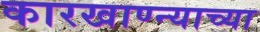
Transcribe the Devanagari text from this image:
कारखाण्न्याच्या